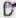
D